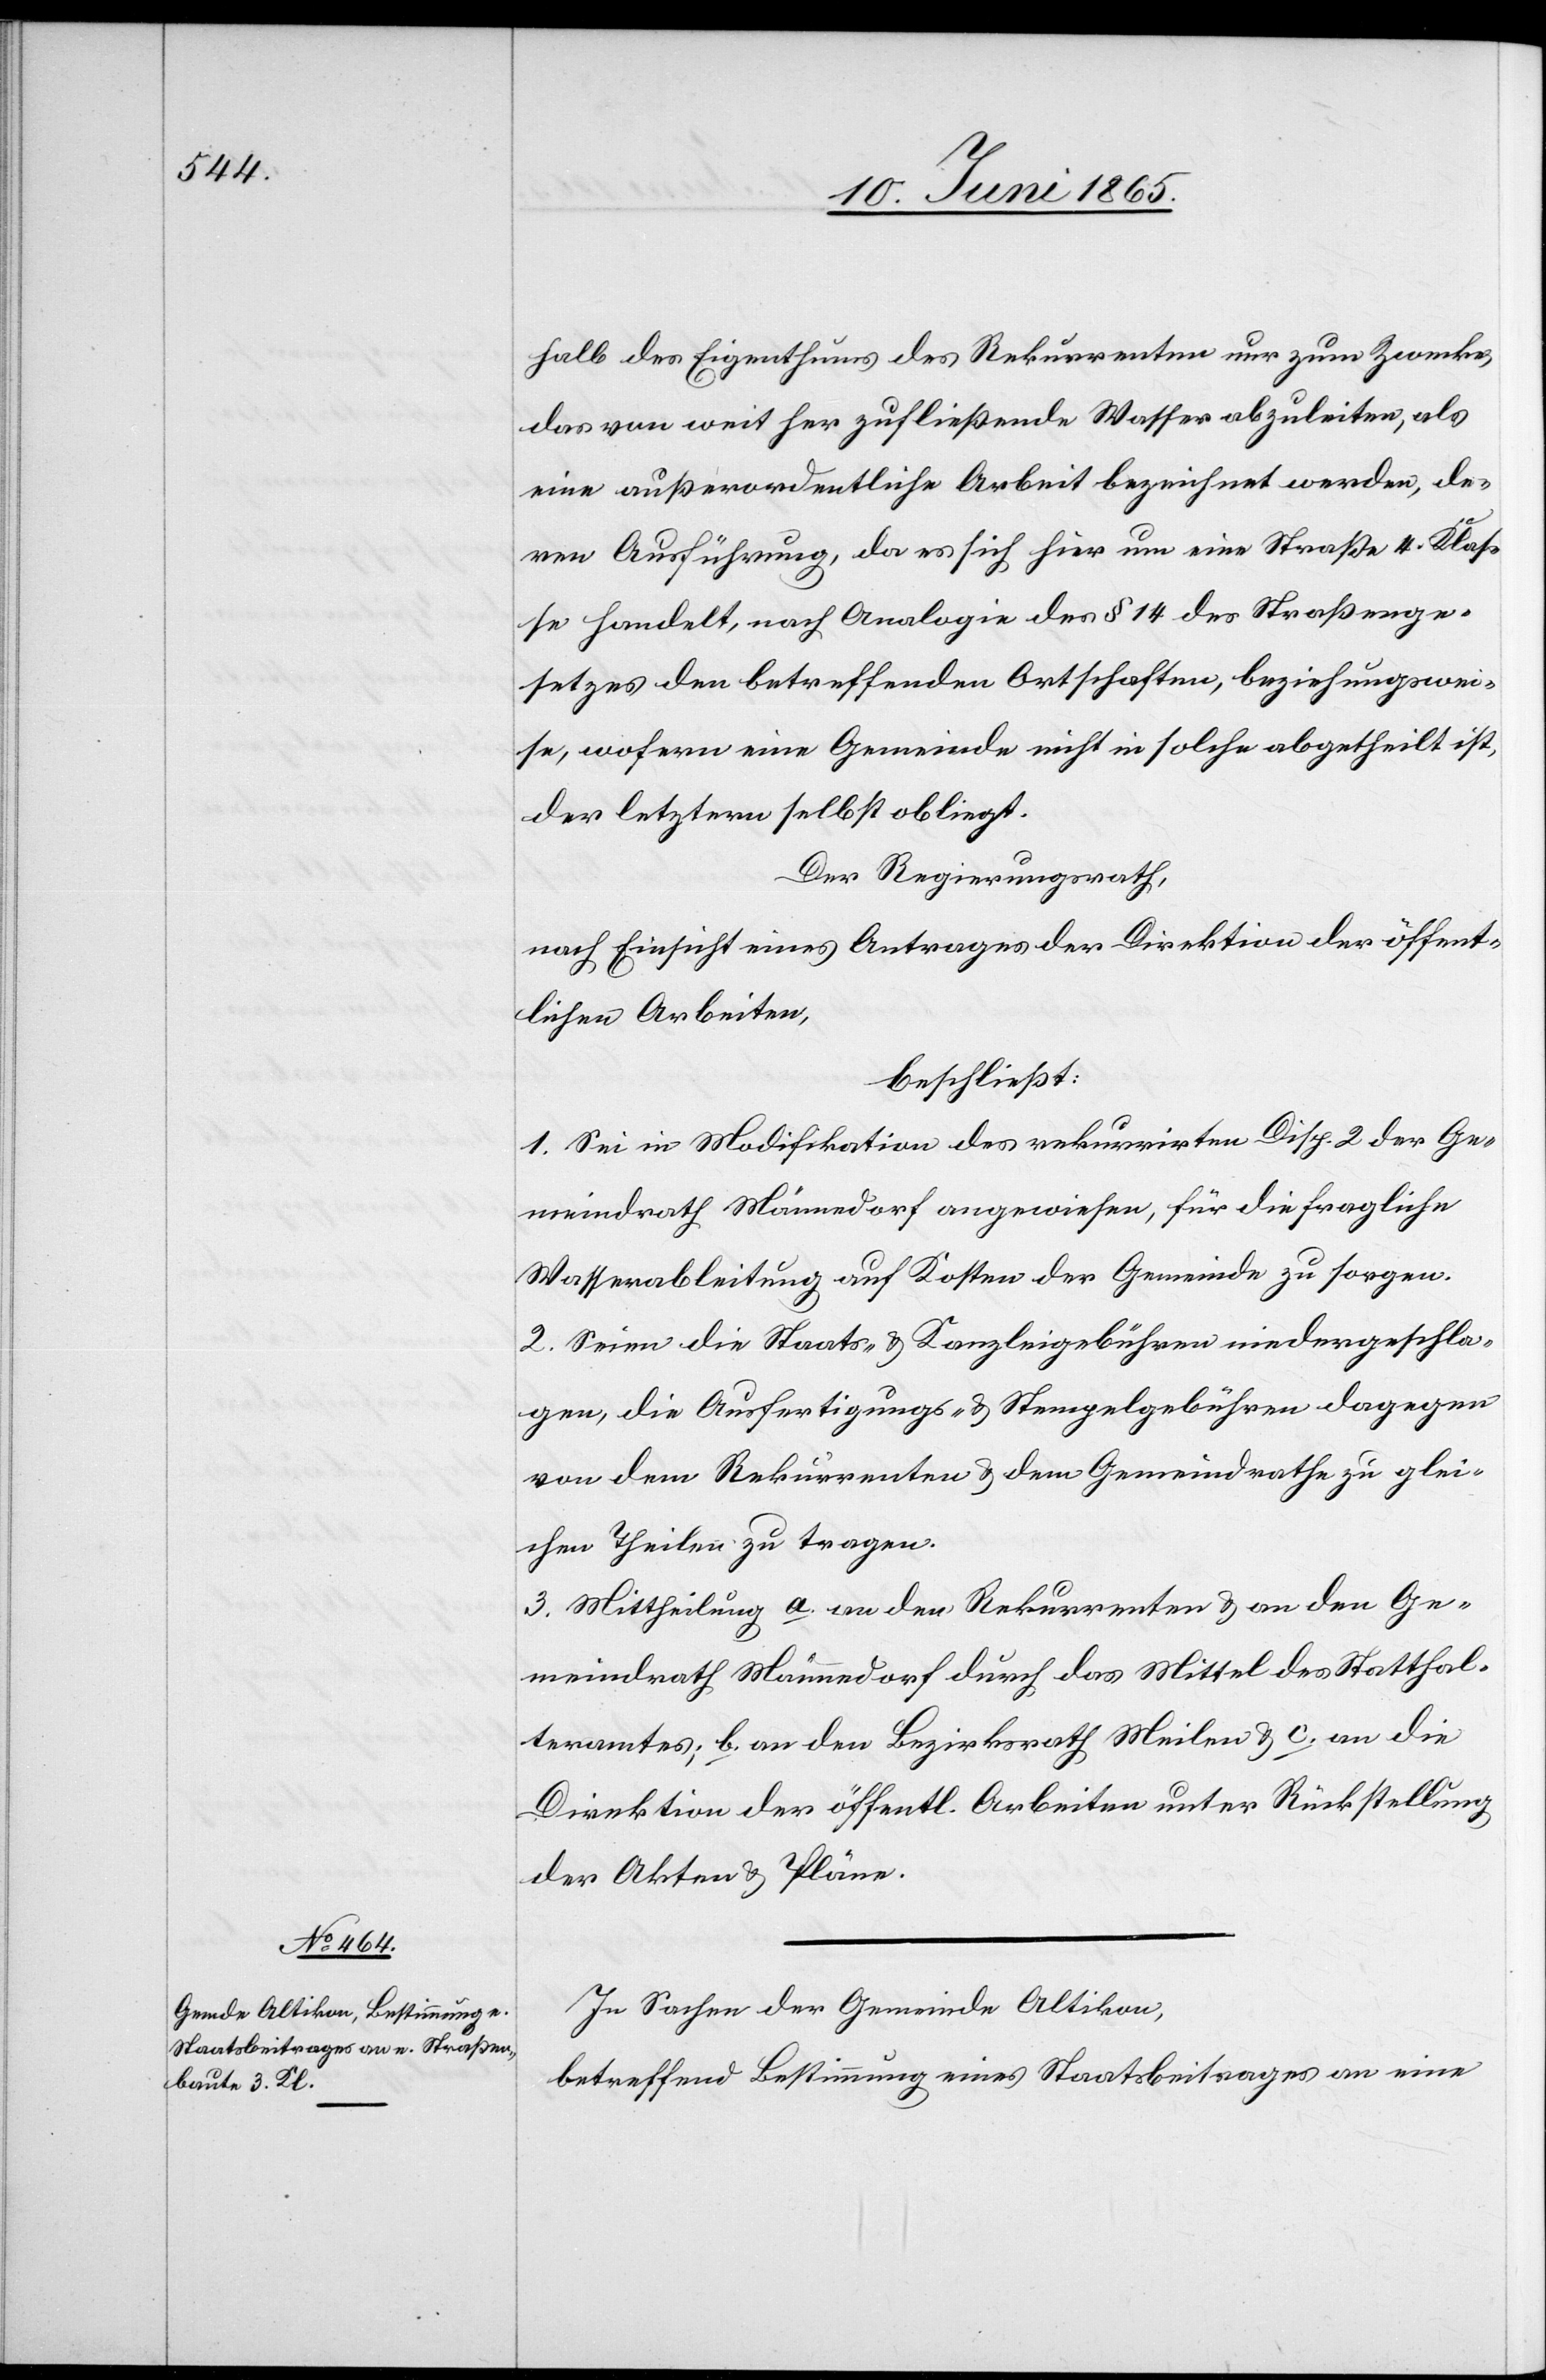
halb des Eigenthums des Rekurrenten nur zum Zwecke,
dass von weit her zufließende Wasser abzuleiten, als
eine außerordentliche Arbeit bezeichnet werden, de¬
ren Ausführung, da es sich hier um eine Straße 4. Klas¬
se handelt, nach Analogie des § 14 des Straßenge¬
setzes den betreffenden Ortschaften, beziehungswei¬
se, wofern eine Gemeinde nicht in solche abgetheilt ist,
der letztern selbst obliegt.
Der Regierungsrath,
nach Einsicht eines Antrages der Direktion der öffent¬
lichen Arbeiten,
beschließt:
1. Sei in Modifikation des rekurrirten Disp. 2 der Ge¬
meindrath Männedorf angewiesen, für die fragliche
Wasserableitung auf Kosten der Gemeinde zu sorgen.
2. Seien die Staats- & Kanzleigebühren niedergeschla¬
gen, die Ausfertigungs- & Stempelgebühren dagegen
von dem Rekurrenten & dem Gemeindrathe zu glei¬
chen Theilen zu tragen.
3. Mittheilung a. an den Rekurrenten & an den Ge¬
meinde Männedorf durch das Mittel des Statthal¬
teramtes; b. an den Bezirksrath Meilen & c. an die
Direktion der öffentl. Arbeiten unter Rückstellung
der Akten & Pläne.
In Sachen der Gemeinde Altikon,
betreffend Bestimmung eines Staatsbeitrages an eine